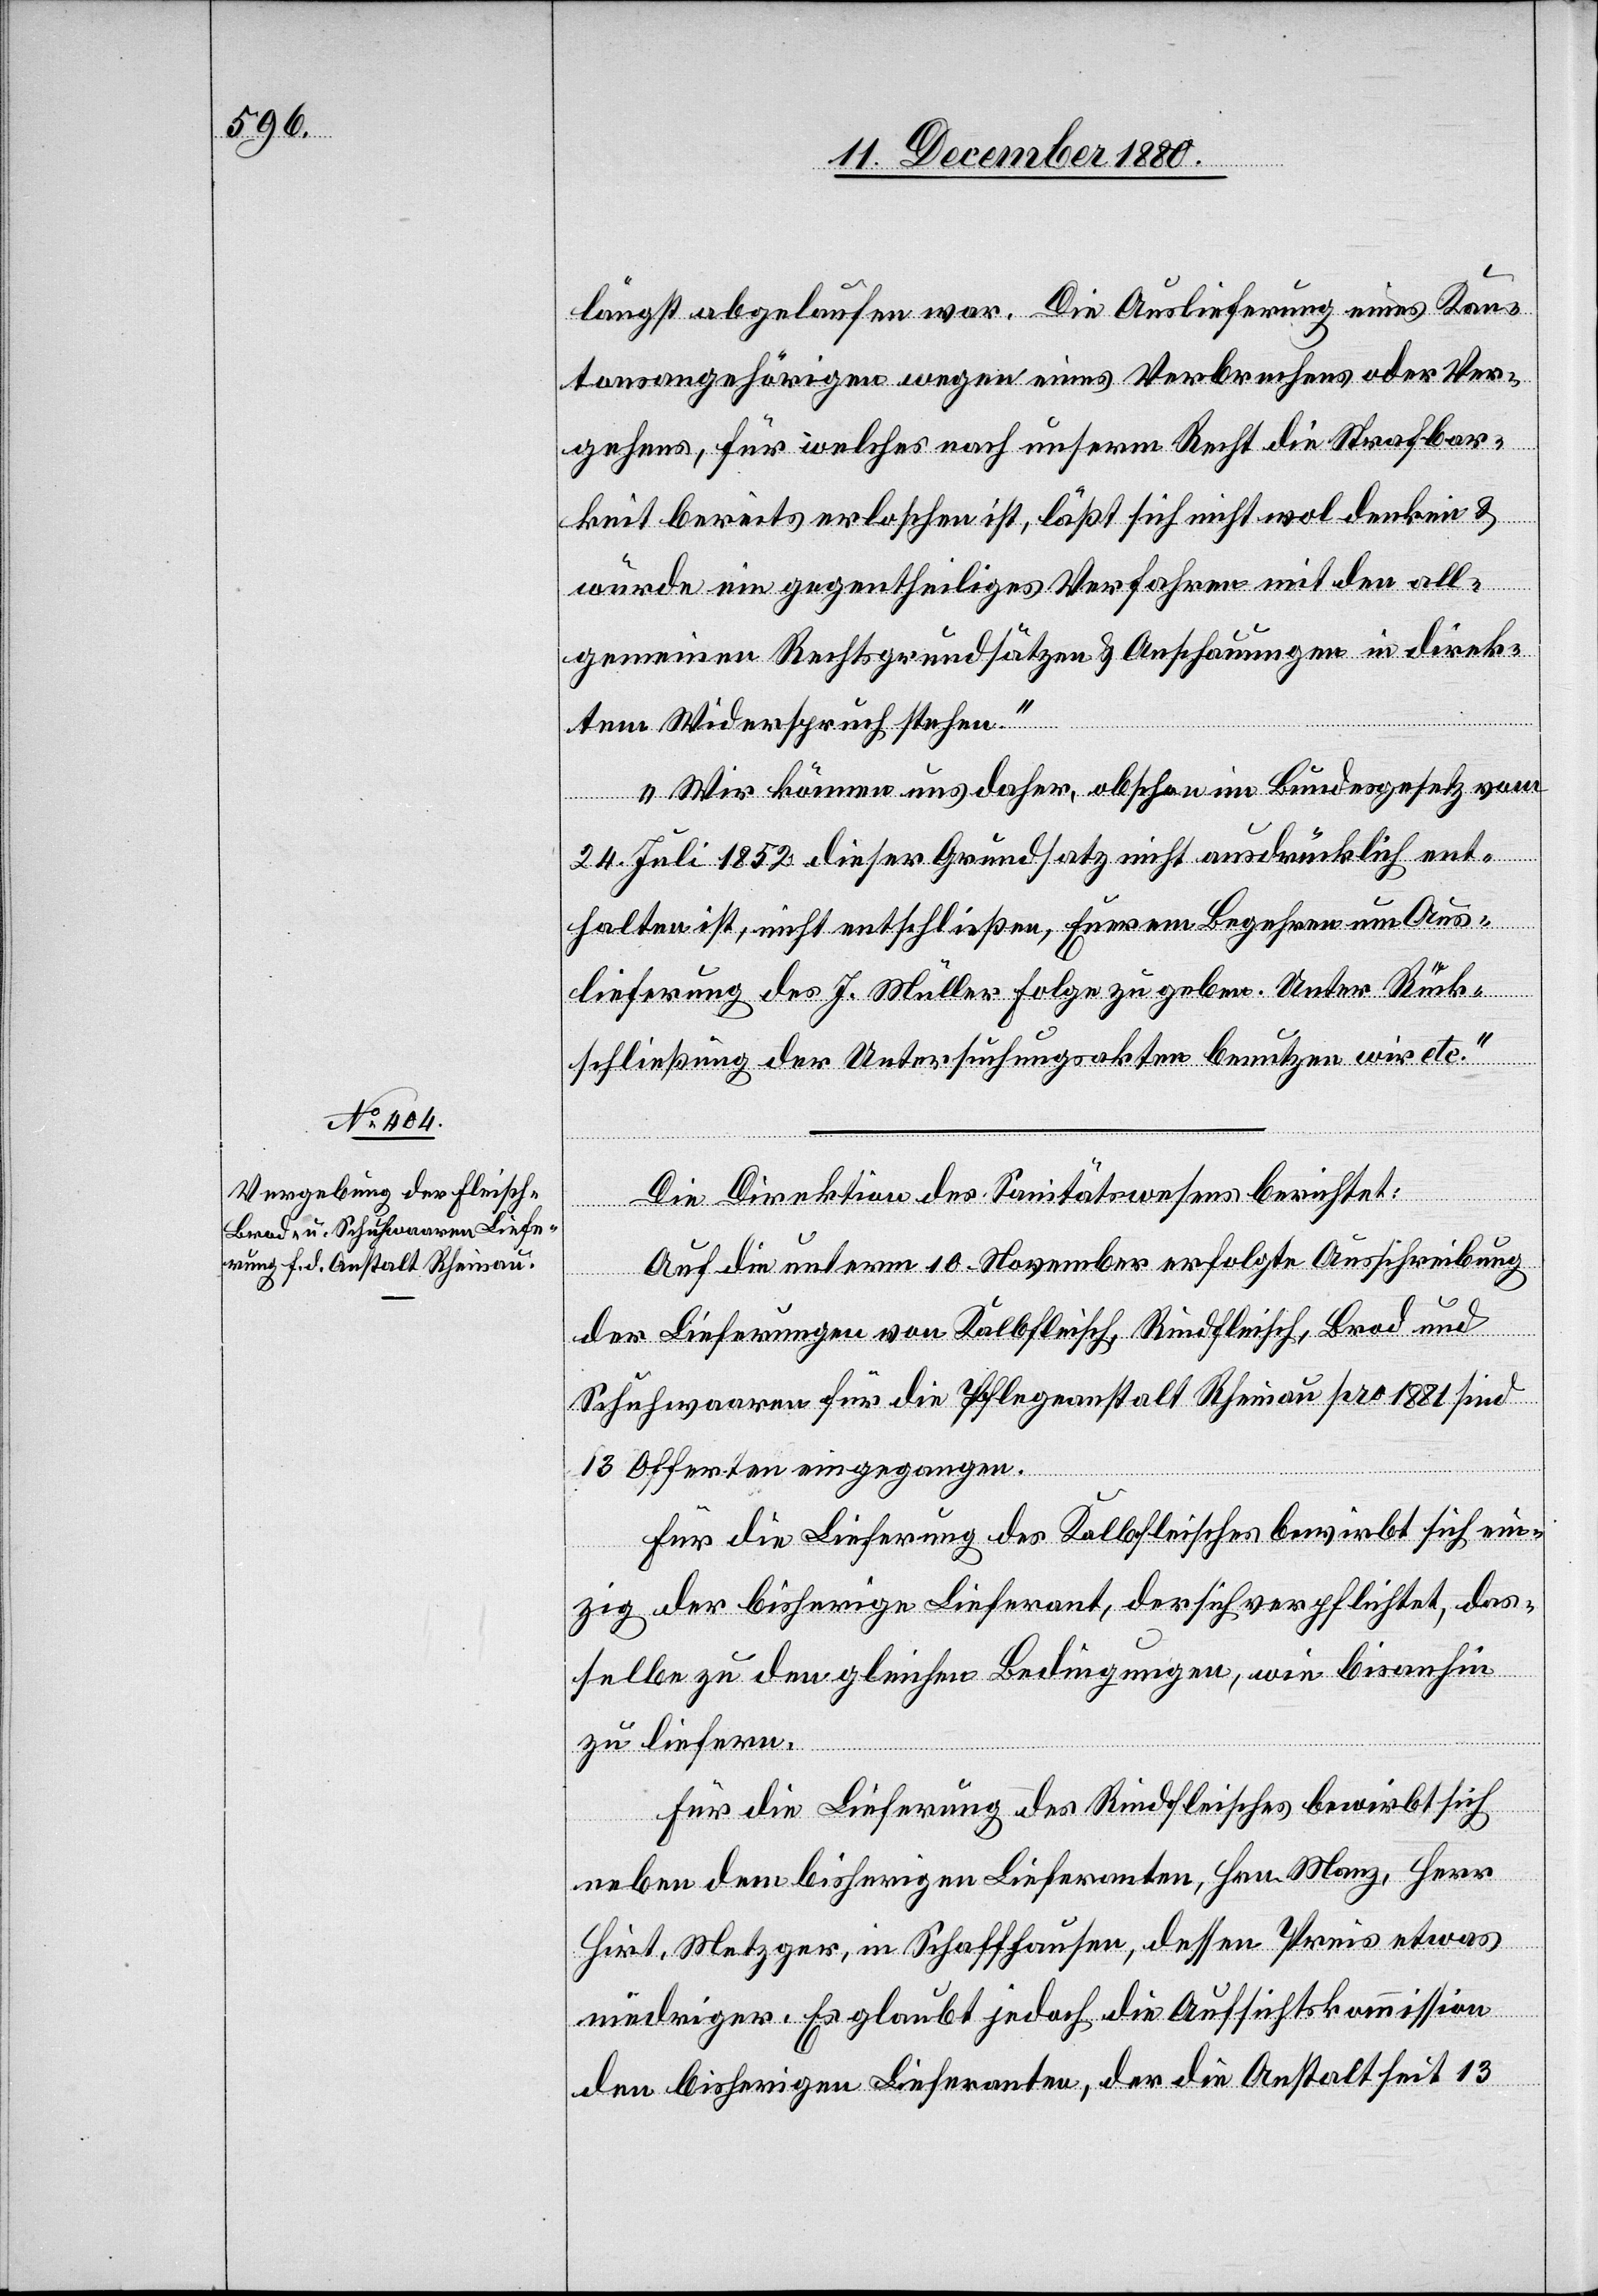
längst abgelaufen war. Die Auslieferung eines Kan¬
tonsangehörigen wegen eines Verbrechens oder Ver¬
gehens, für welches nach unserem Recht die Strafbar¬
keit bereits erloschen ist, läßt sich nicht wol denken &
würde ein gegentheiliges Verfahren mit den all¬
gemeinen Rechtsgrundsätzen & Anschauungen in direk¬
tem Widerspruch stehen.
Wir können uns daher, obschon im Bundesgesetz vom
24. Juli 1852 dieser Grundsatz nicht ausdrücklich ent¬
halten ist, nicht entschließen, Euerem Begehren um Aus¬
lieferung des J. Müller Folge zu geben. Unter Rück¬
schließung der Untersuchungsakten benutzen wir etc.“
Die Direktion des Sanitätswesens berichtet:
Auf die unterm 10. November erfolgte Ausschreibung
der Lieferungen von Kalbfleisch, Rindfleisch, Brod und
Schuhwaaren für die Pflegeanstalt Rheinau pro 1881 sind
13 Offerten eingegangen.
Für die Lieferung des Kalbfleisches bewirbt sich ein¬
zig der bisherige Lieferant, der sich verpflichtet, das¬
selbe zu den gleichen Bedingungen, wie bisanhin
zu liefern.
Für die Lieferung des Rindfleisches bewirbt sich
neben dem bisherigen Lieferanten, Hrn. Manz, Herr
Hirt, Metzger, in Schaffhausen, dessen Preis etwas
niedriger [ist]. Es glaubt jedoch die Aufsichtskommission
den bisherigen Lieferanten, der die Anstalt seit 13